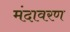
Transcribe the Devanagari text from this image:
मंदावरण